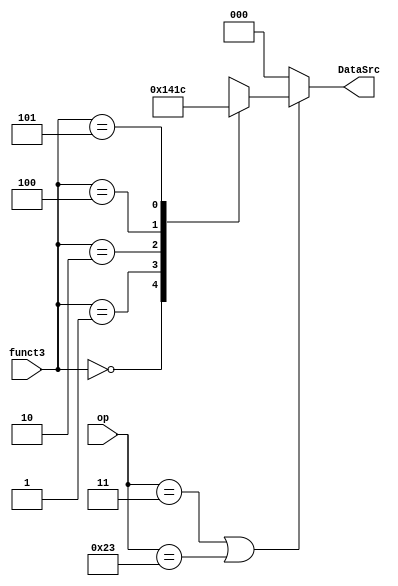
`timescale 1ns / 1ps
//////////////////////////////////////////////////////////////////////////////////
// Company: 
// Engineer: 
// 
// Design Name: 
// Module Name: dataextdec
// Project Name: 
// Target Devices: 
// Tool Versions: 
// Description: 
// 
// Dependencies: 
// 
// Revision:
// Revision 0.01 - File Created
// Additional Comments:
// 
//////////////////////////////////////////////////////////////////////////////////


module dataExtDec(
        op,
        funct3,
        DataSrc
    );
    
    input wire [6:0] op;
	input wire [2:0] funct3;
	output reg [2:0] DataSrc;
	
	always @(*) begin
	   if (op == 7'b0000011 || op == 7'b0100011) begin
	       case (funct3)
	           3'b000: DataSrc = 3'b001;   // byte
	           3'b001: DataSrc = 3'b010;   // half
	           3'b010: DataSrc = 3'b000;   // word (bypass)
	           3'b100: DataSrc = 3'b011;   // byte unsigned
	           3'b101: DataSrc = 3'b100;   // half unsigned
	           default: DataSrc = 3'bxxx;
	       endcase
	   end
	   else DataSrc = 3'b000;   // word (bypass) (for other instructions)
	end
endmodule